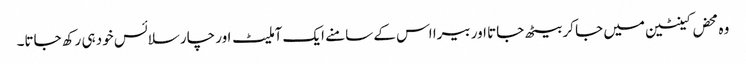
وہ محض کینٹین میں جا کر بیٹھ جاتا اور بیرا اس کے سامنے ایک آملیٹ اور چار سلائس خود ہی رکھ جاتا۔